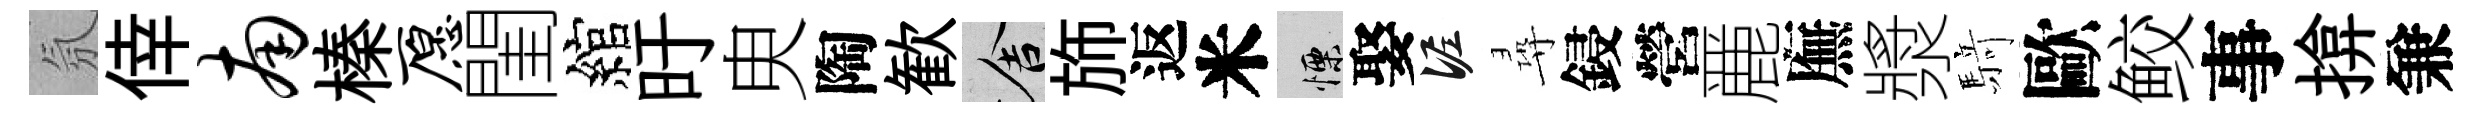
氛倖南榛愿閨綰旴㬰陶歓舍斾返米慄娶泥尋鋟營䴡廡漿𮪍歐鲛事揜兼